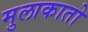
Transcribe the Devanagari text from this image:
मुलाकातो